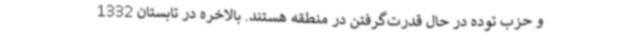
و حزب توده در حال قدرت‌گرفتن در منطقه هستند. بالاخره در تابستان 1332